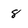
Character: 8